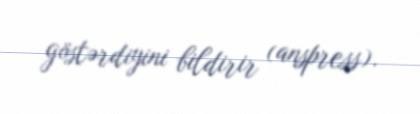
göstərdiyini bildirir (anspress).